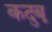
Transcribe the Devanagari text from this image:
कदुबू